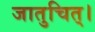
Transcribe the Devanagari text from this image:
जातुचित्।